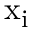
{ \mathrm { x } } _ { \mathrm { i } }